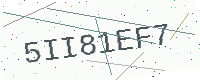
Text: 5II81EF7